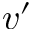
v ^ { \prime }